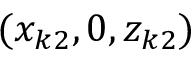
( x _ { k 2 } , 0 , z _ { k 2 } )